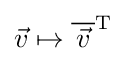
{\vec {v}}\mapsto {\overline {\,{\vec {v}}\,}}^{\operatorname {T} }